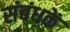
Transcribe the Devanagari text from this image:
संबंधकें